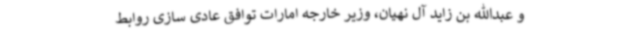
و عبدالله بن زاید آل نهیان، وزیر خارجه امارات توافق عادی سازی روابط